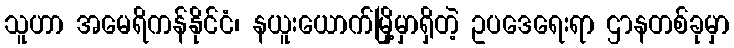
သူဟာ အမေရိကန်နိုင်ငံ၊ နယူးယောက်မြို့မှာရှိတဲ့ ဥပဒေရေးရာ ဌာနတစ်ခုမှာ